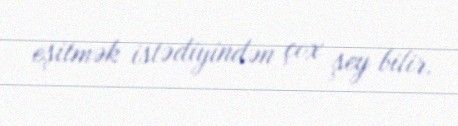
eşitmək istədiyindən çox şey bilir.